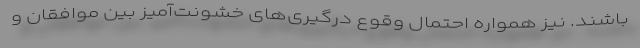
باشند. نیز همواره احتمال وقوع درگیری‌های خشونت‌آمیز بین موافقان و